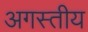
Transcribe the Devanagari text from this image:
अगस्तीय